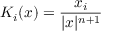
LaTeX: K _ { i } ( x ) = { \frac { x _ { i } } { | x | ^ { n + 1 } } }